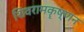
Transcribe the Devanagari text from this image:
शिवरामकॄष्णन